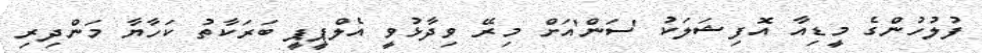
ފުލުހުންގެ މީޑިއާ އޮފިޝަލަކު 'ސަން'އަށް މިރޭ ވިދާޅުވީ އެލްޕީޕީ ބަރަކާތު ކަހާޔާ މަންދިރި